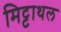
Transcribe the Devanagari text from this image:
मिट्टाथल